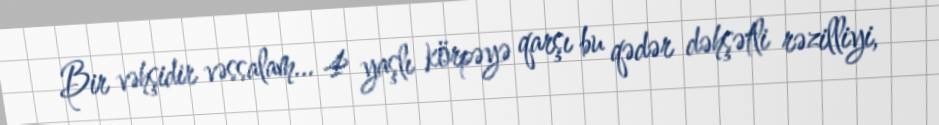
Bir vəhşidir vəssalam... 4 yaşlı körpəyə qarşı bu qədər dəhşətli rəzilliyi,